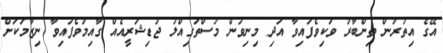
އޭގެ އިތުރުން ތިންބާރު ވަކިވެފައިވާ އަދި މިނިވަން މުސްތަގިއްލު ޖުޑިޝަރީއެއް ގާއިމުވެފައިވާ ނިޒާމަކަށް